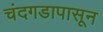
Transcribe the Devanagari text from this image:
चंदगडापासून